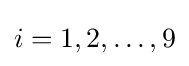
i=1,2,\dots ,9